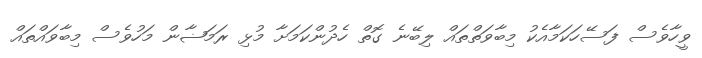
ވީހާވެސް ފަސޭހަކަމާއެކު މިބާވަތްތައް ލިބޭނެ ގޮތް ހެދުންކަމަށާ މުޅި ރަމަޟާން މަހުވެސް މިބާވައްތައް